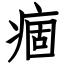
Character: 痼